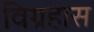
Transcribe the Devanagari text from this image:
विग्रहास